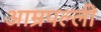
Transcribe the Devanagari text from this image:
आम्रपल्ली